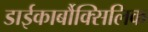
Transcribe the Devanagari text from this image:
डाईकार्बौक्सिलिक